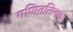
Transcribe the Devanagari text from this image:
गणिततिलक